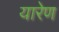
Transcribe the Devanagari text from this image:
यारेण